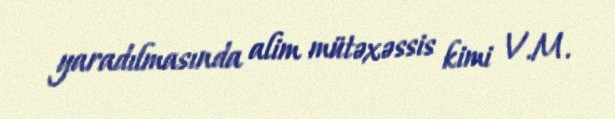
yaradılmasında alim mütəxəssis kimi V.M.